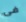
فى